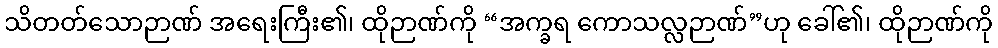
သိတတ်သောဉာဏ် အရေးကြီး၏၊ ထိုဉာဏ်ကို “အက္ခရ ကောသလ္လဉာဏ်”ဟု ခေါ်၏၊ ထိုဉာဏ်ကို